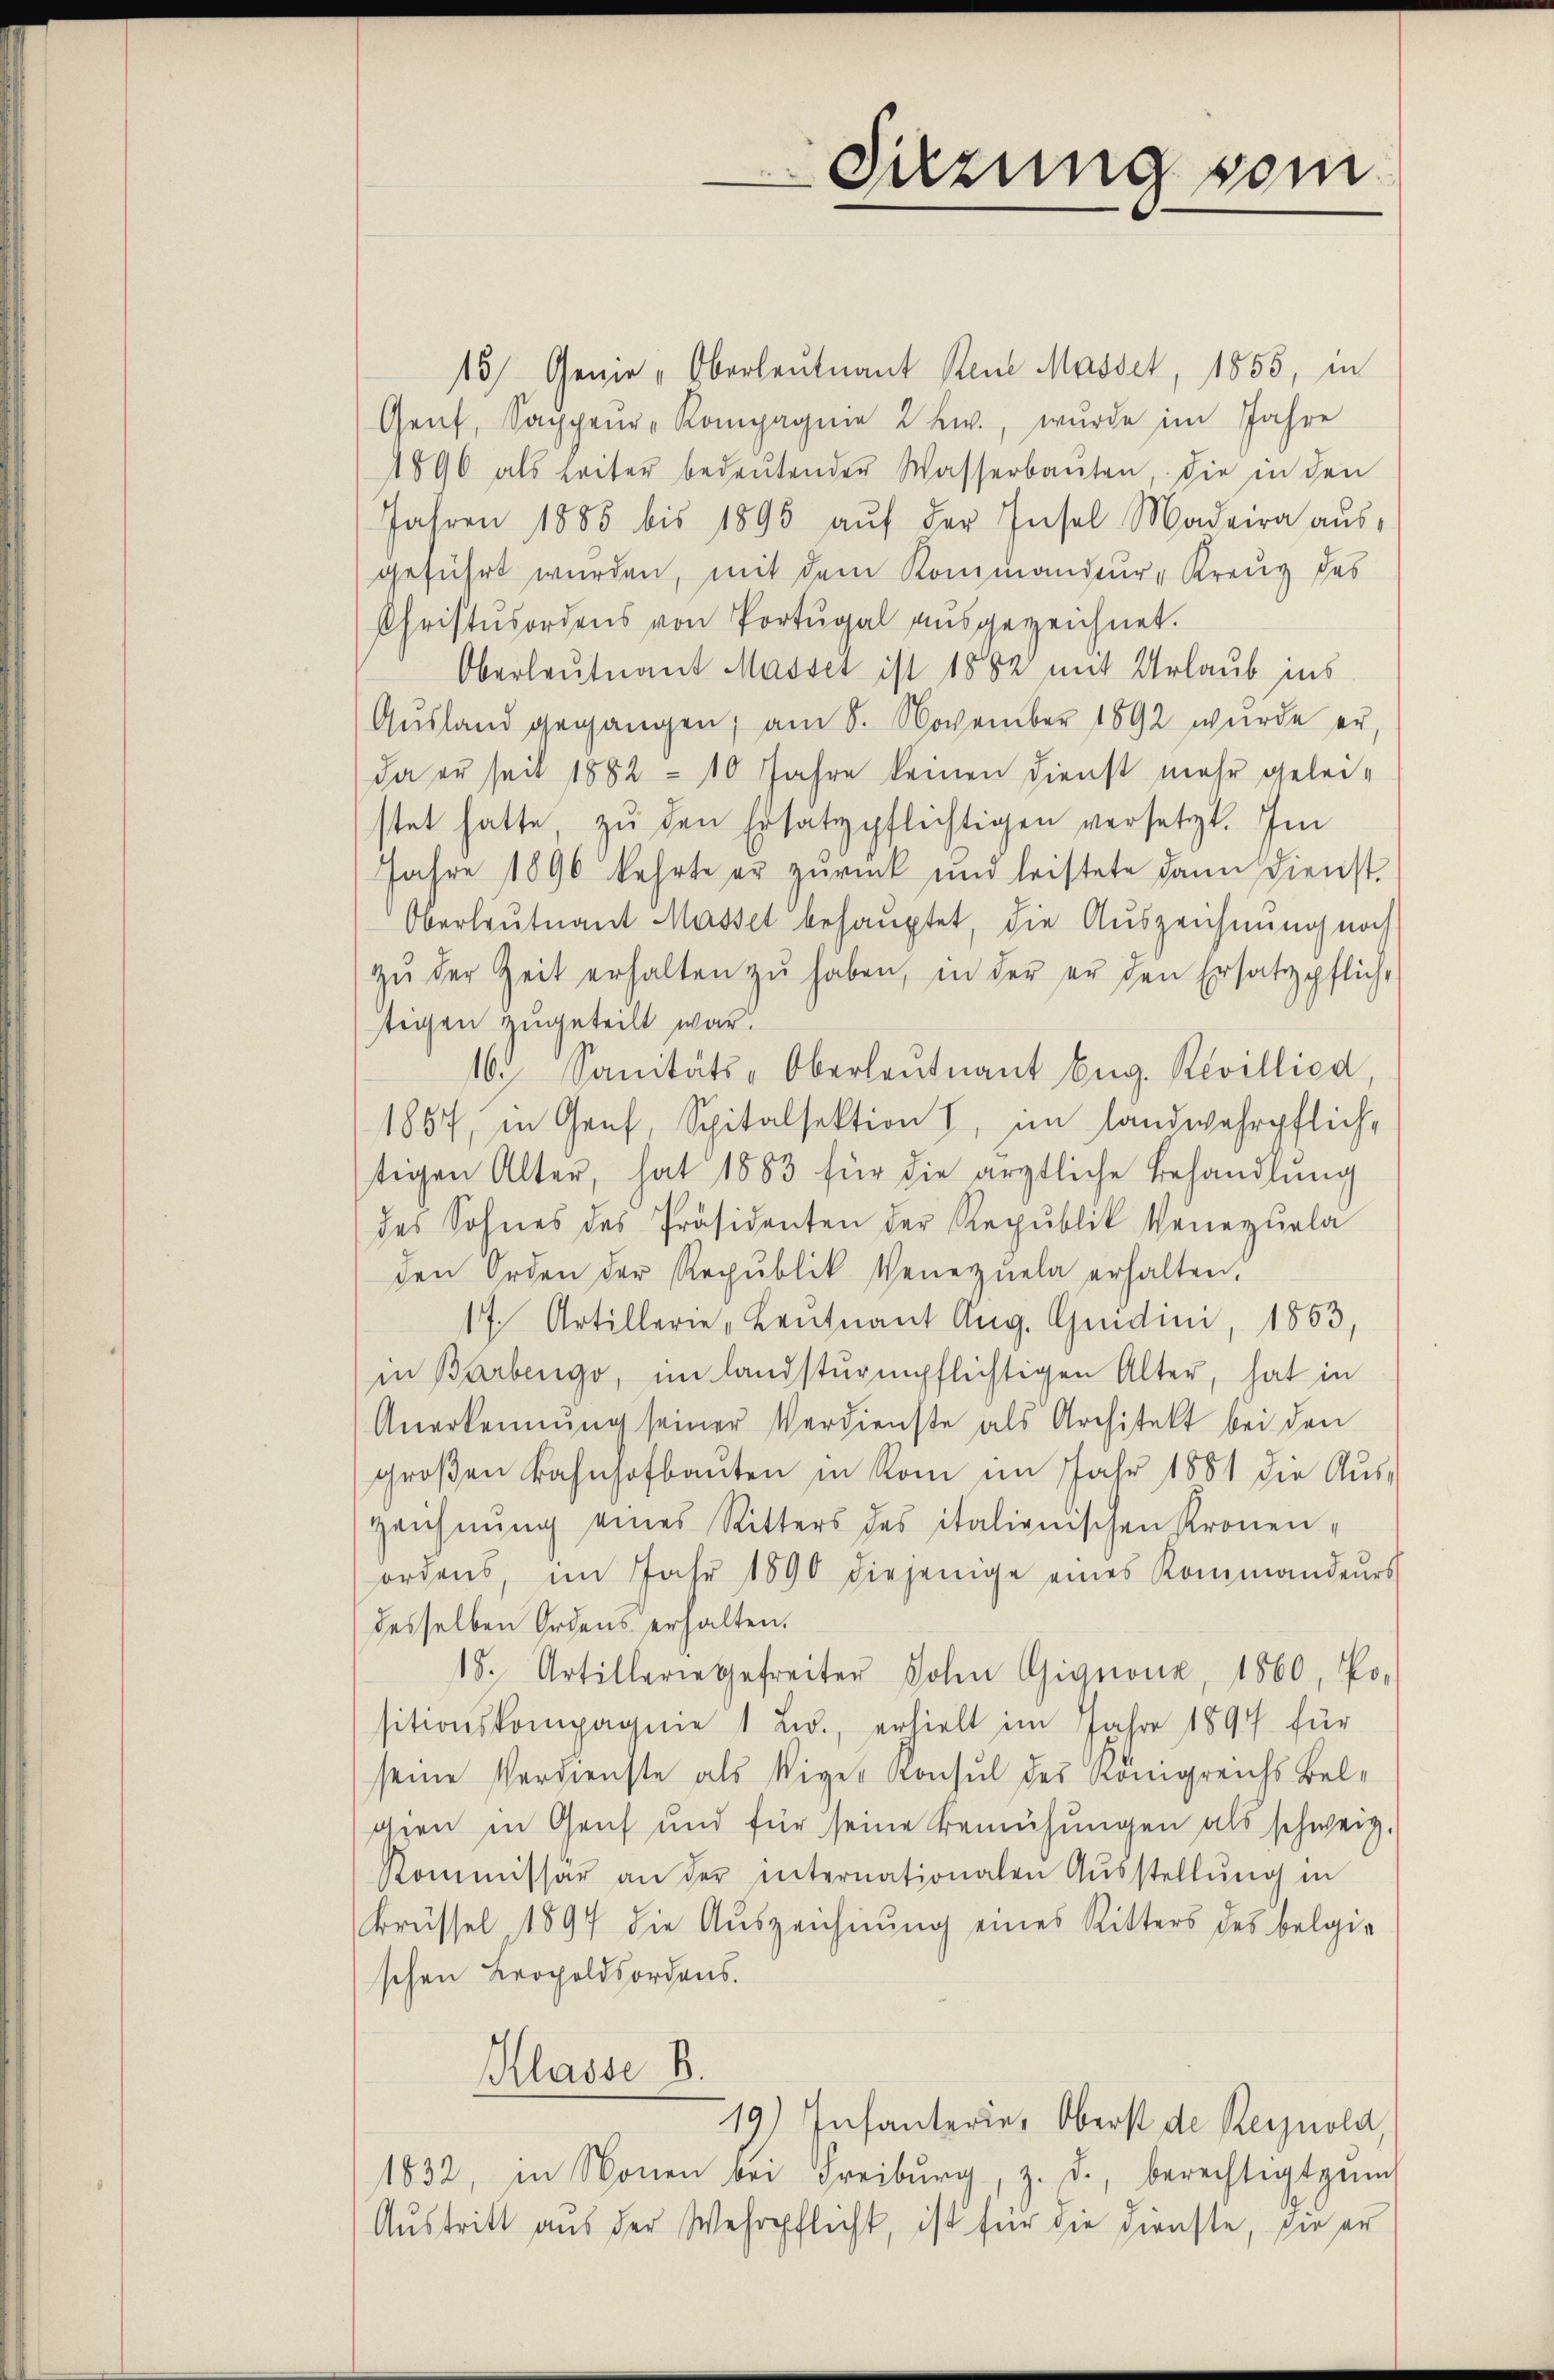
15) Genie-Oberleutnant Reue Masset, 1855, in
Genf, Sappeur- Kompagnie 2 Zw., wurde im Jahre
1896 als heiter bedeŭtender Wasserbaŭten, die in den
Jahren 1885 bis 1895 aŭf der Insel Madrira aŭs-
geführt wurden, mit dem Kommandeur-Kreuz des
Christusordens von Portal aŭsgezeichnet.
Oberleutnant Masset ist 1882 mit Urlaub ins
Aŭsland gegangen, am 8. November 1892 wurde er-
da er seit 1882 - 10 Jahre keinen Dienst mehr geleistet hatte, zu den Ersatzpflichtigen versetzt. Im
Jahre 1896 kehrte er zurück und leistete dann dienst.
Oberleutnant Masset erhauptet, die Auszeichnung noch
zŭ der Zeit erhalten zŭ haben, in der er den Ersatzpflich-
tigen zugeteilt war.
16. Sanitäts-Oberleutnant Eŭg. Revillica,
1857, in Genf, Spitalsektion I, im landwehrpflich-
tigen Alter, hat 1883 für die ärztliche Behandlung
des Sohnes des Präsidenten der Republik Venezuela
den Orden der Republik Veneqŭela erhalten.
17 Artillerie Leutnant Aug. Giudini, 1863,
in Barbengo, im landsturmpflichtigen Alter, hat in
Anerkennung seiner Verdienste als Architekt bei den
groβen Bahnhofbauten in Rom im Jahr 1881 die Aŭs-
zeichnŭng eines Ritters des italienischen Kronen-
ordens, im Jahr 1890 diejenige eines Kommandeurs
desselben Ordens erhalten.
18. Artillerie gefreiter John Gignonz, 1860, Po-
sitionskompagnie 1 Lid., erhielt im Jahre 1897 für
seine Verdienste als Wiger Konsul des Königreichs Belgien in Genf und für seine Bemühŭngen als schweiz.
Kommissar an der internationalen Aŭsstellung in
Brüssel 1897 die Auszeichnung eines Ritters des belgie
schen Leopoldsordens.
Klasse B
19) Infanterie, Oberst de Regnola,
1832, in Sonen bei Freiburg, z. d., berechtigt zŭm
Austritt aus der Wehrpflicht, ist für die Dienste, die er

Sitzung vom